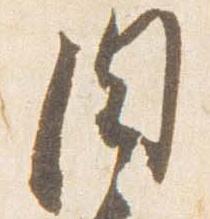
肉